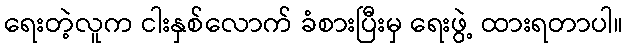
ရေးတဲ့လူက ငါးနှစ်လောက် ခံစားပြီးမှ ရေးဖွဲ့ ထားရတာပါ။